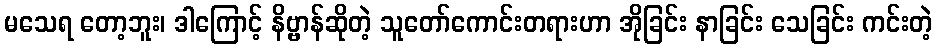
မသေရ တော့ဘူး၊ ဒါကြောင့် နိဗ္ဗာန်ဆိုတဲ့ သူတော်ကောင်းတရားဟာ အိုခြင်း နာခြင်း သေခြင်း ကင်းတဲ့